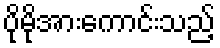
ပိုမိုအားကောင်းသည့်